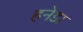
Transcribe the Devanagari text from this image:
हनेडा